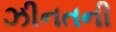
ઝીનતની